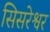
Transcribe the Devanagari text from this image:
सिसरेश्वर